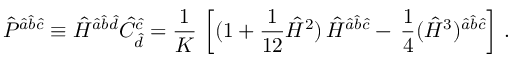
\hat { P } ^ { \hat { a } \hat { b } \hat { c } } \equiv \hat { \cal H } ^ { \hat { a } \hat { b } \hat { d } } \hat { C } _ { \hat { d } } ^ { \hat { c } } = { \frac { 1 } { K } } \, \left[ ( 1 + { \frac { 1 } { 1 2 } } \hat { { \cal H } } ^ { 2 } ) \, \hat { \cal H } ^ { \hat { a } \hat { b } \hat { c } } - \, { \frac { 1 } { 4 } } ( \hat { { \cal H } } ^ { 3 } ) ^ { \hat { a } \hat { b } \hat { c } } \right] \, .